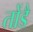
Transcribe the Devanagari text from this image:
तोंडै